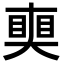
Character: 𥈜